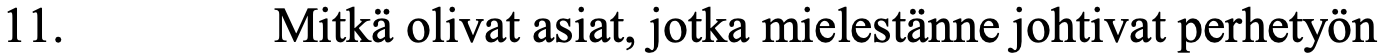
11.      Mitkä olivat asiat, jotka mielestänne johtivat perhetyön